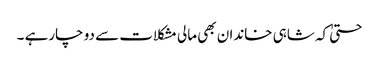
حتیٰ کہ شاہی خاندان بھی مالی مشکلات سے دو چارہے ۔